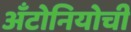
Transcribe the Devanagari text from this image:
अँटोनियोची